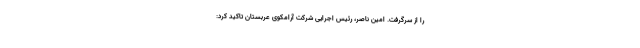
را از سرگرفت. امین ناصر، رئیس اجرایی شرکت آرامکوی عربستان تاکید کرد: